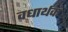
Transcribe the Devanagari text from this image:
वधार्थक